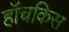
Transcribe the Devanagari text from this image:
हॉचकिस